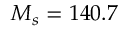
M _ { s } = 1 4 0 . 7